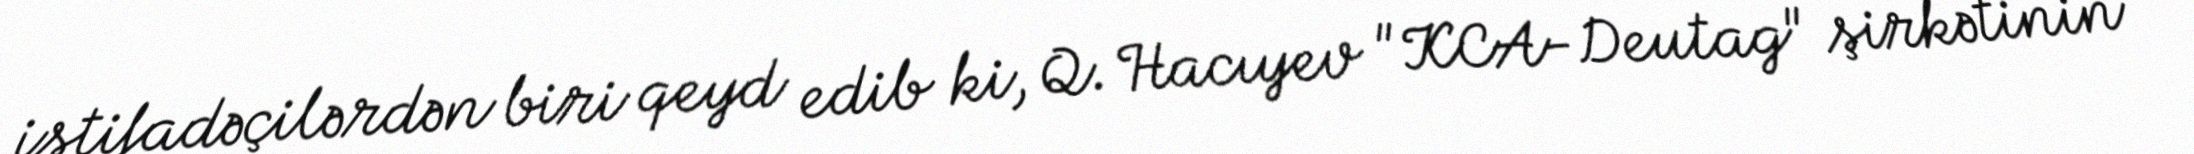
istifadəçilərdən biri qeyd edib ki, Q. Hacıyev "KCA-Deutag" şirkətinin